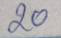
20